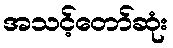
အသင့်တော်ဆုံး